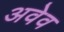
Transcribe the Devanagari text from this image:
अवेव